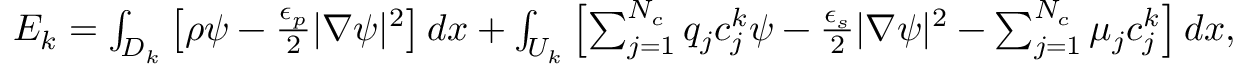
\begin{array} { r } { E _ { k } = \int _ { D _ { k } } \left[ \rho \psi - \frac { \epsilon _ { p } } { 2 } | \nabla \psi | ^ { 2 } \right] d x + \int _ { U _ { k } } \left[ \sum _ { j = 1 } ^ { N _ { c } } q _ { j } c _ { j } ^ { k } \psi - \frac { \epsilon _ { s } } { 2 } | \nabla \psi | ^ { 2 } - \sum _ { j = 1 } ^ { N _ { c } } \mu _ { j } c _ { j } ^ { k } \right] d x , } \end{array}